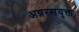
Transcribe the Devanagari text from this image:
अन्नरसयुक्त